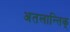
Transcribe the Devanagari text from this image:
अतलान्तिक्